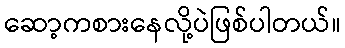
ဆော့ကစားနေလို့ပဲဖြစ်ပါတယ်။